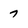
Character: 7